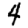
Digit: 4